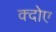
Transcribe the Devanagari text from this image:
क्दोए